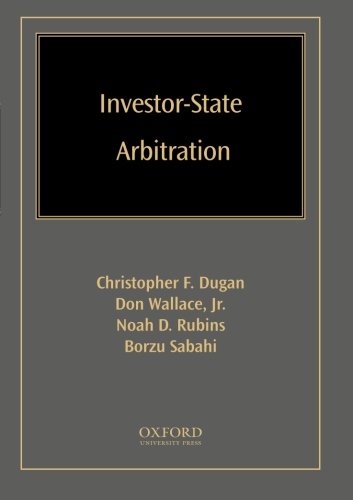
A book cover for Investor-State Arbitration; Christopher Dugan; Law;